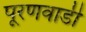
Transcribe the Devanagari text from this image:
पूरणवाडी